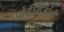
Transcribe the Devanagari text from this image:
पोर्तुगिजांची